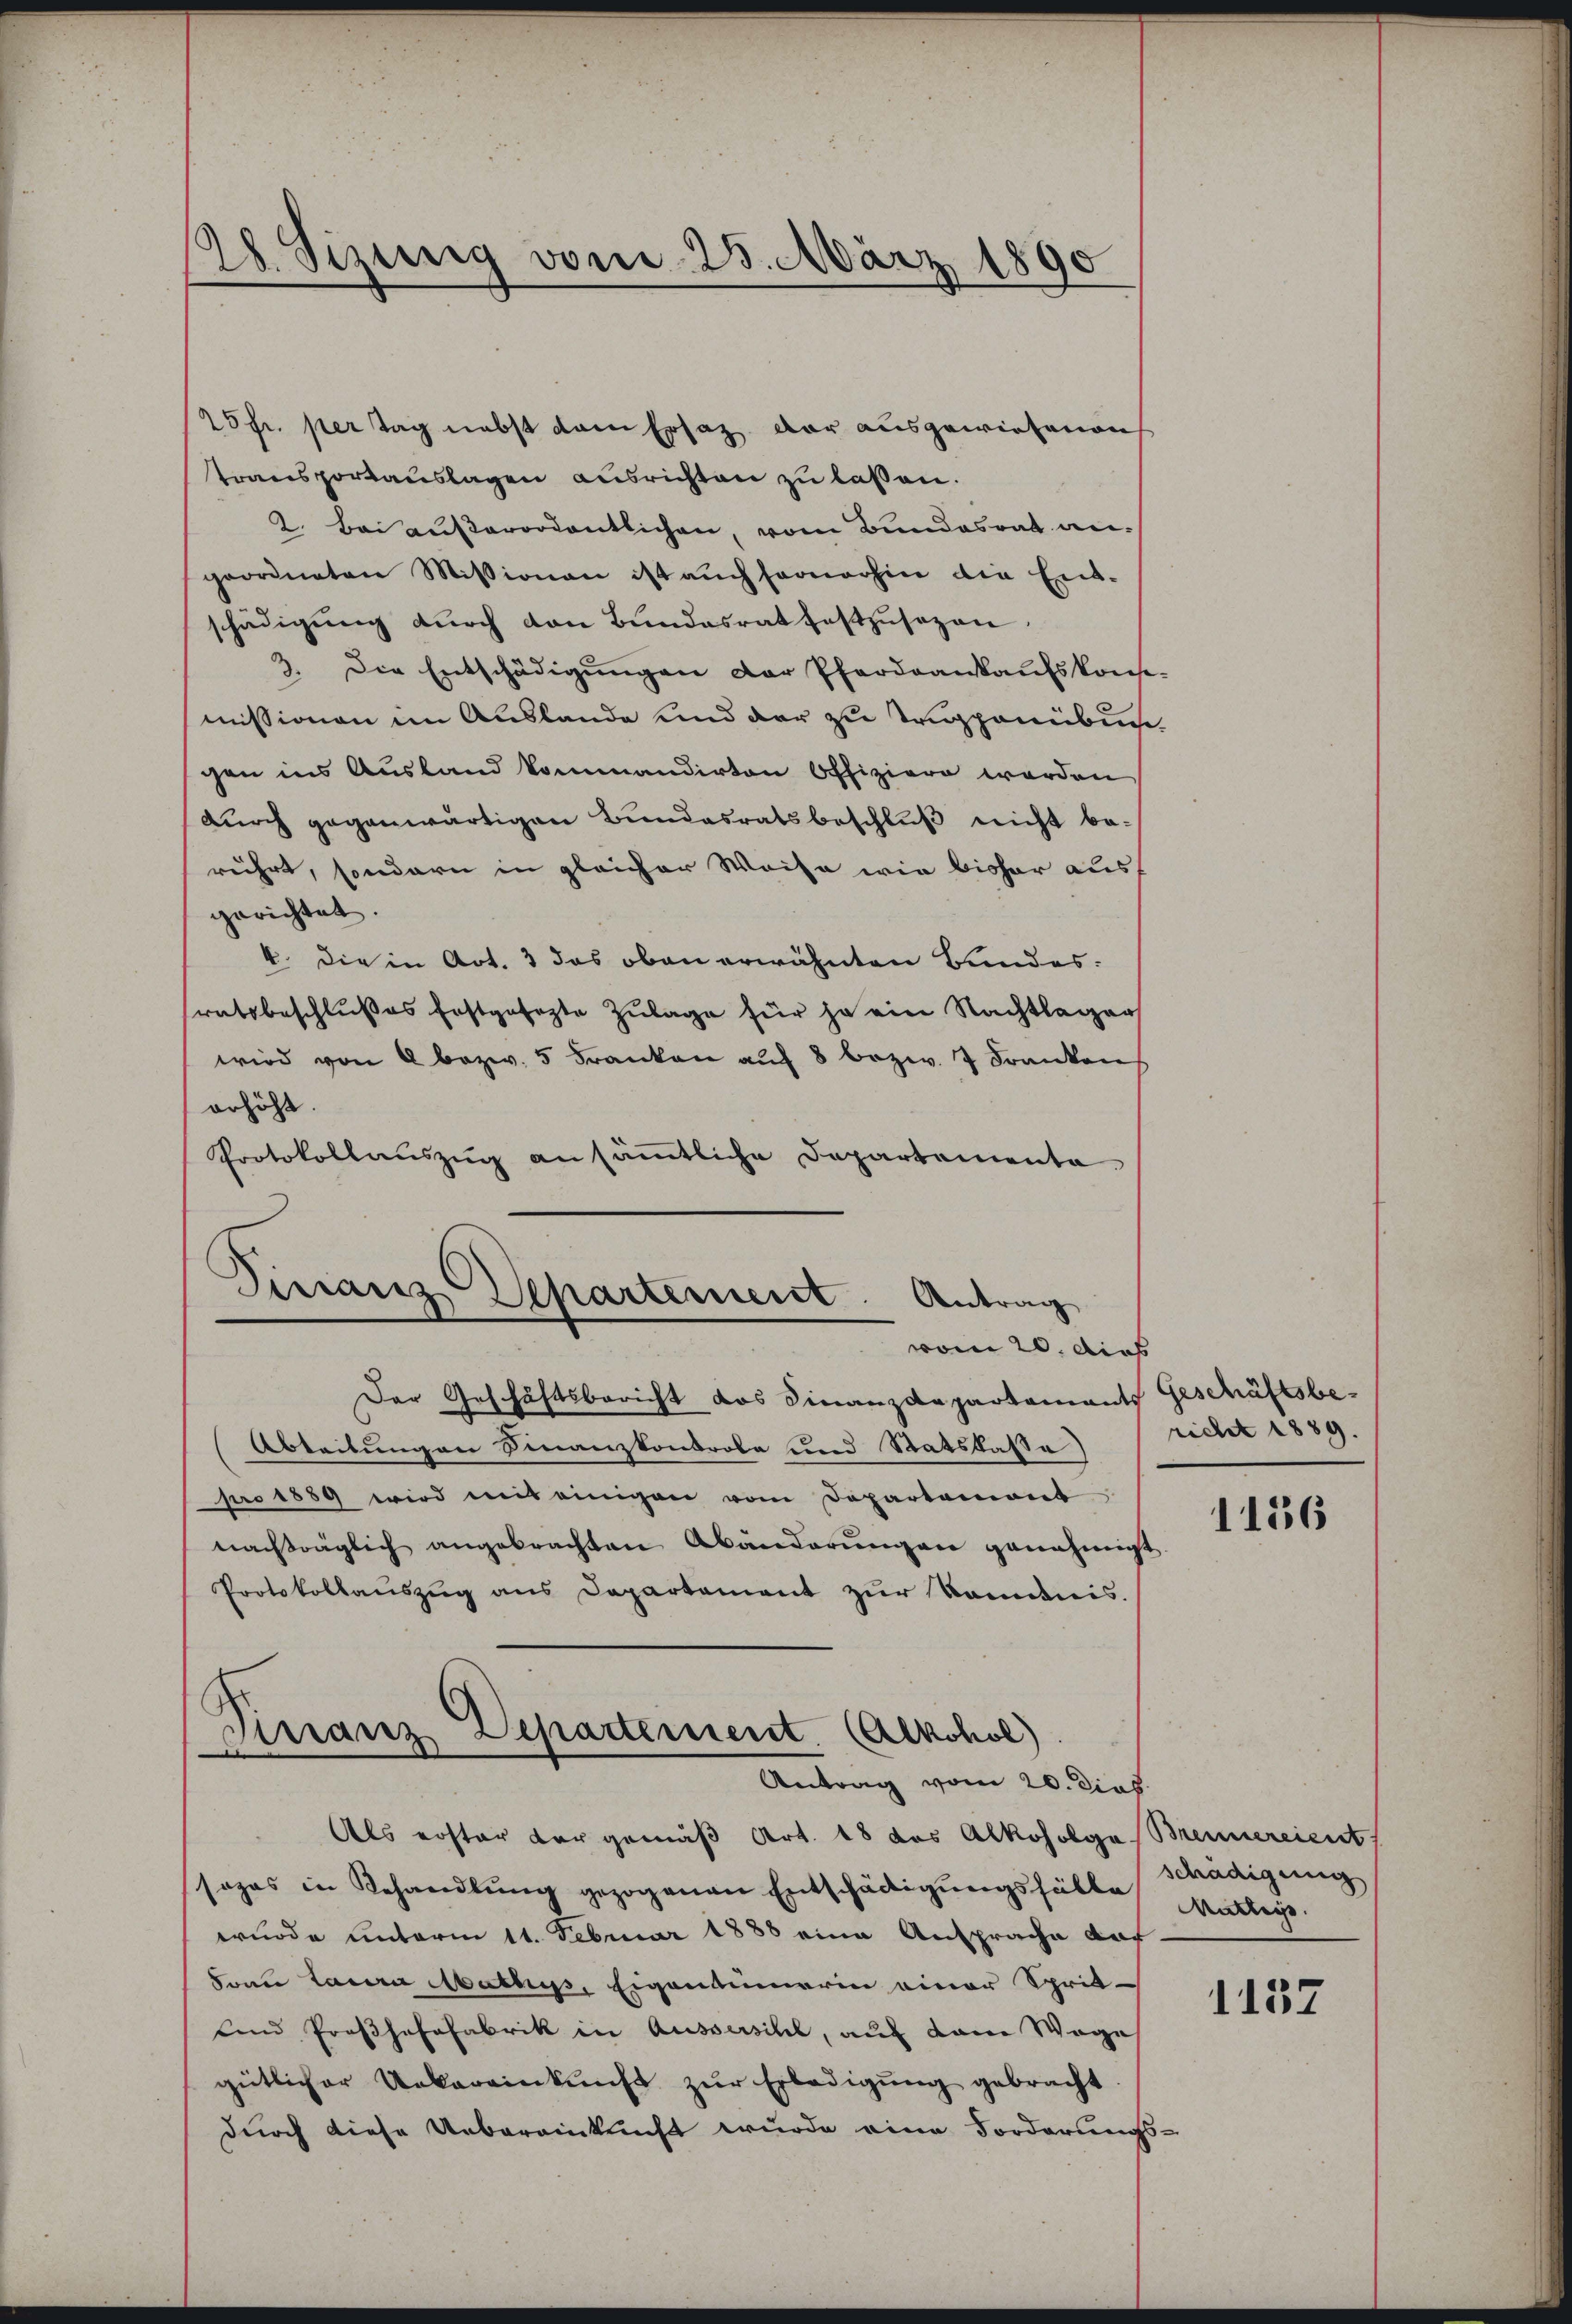
28. Sizung vom 25. März 1890

25fr. per Tag nebst dem Ersatz. Der ausgewiesenen
transportauslagen ausrichten zu laßen.
2. Bei außerordentlichen, vom Bundesrat angeordneten Missionen ist aŭch fernerhin die Ent-
schädigung durch den Bundesrat festzusagen.
3. Die Entschädigŭngen der Pfardankaŭfskonse
missionen im Auslande und der zu Trupponibun
gen ins Ausland kommandirten Offiziere werden
durch gegenwärtigen Bundesratsbeschlŭβ nicht berührt, sondern in gleicher Weise wie bisher aus
gerichtet.
4. die in Art. 3 das oben erwähnten Bundes:
sratsbeschlußes festgesezte Zulage für je ein Nachtlager
wird von 6 bezw. 5 Franken aŭf 8 bezw. 7 Franken,
erhöht
Protokollaŭszŭg ansäṁtliche Departementa
Dirranz Departement. Antrag
vom 20. dies
Der Geschäftsbericht das Finanzdepartamants Geschäftsbe¬
(Abteilungen Finanzkontrole und Statskasse)
pro 1889 wird mit einigen vom Departemont
nachträglich angebrachten Abänderungen genehmigt
Protokollauszug aus Departement zur kommnis.

Finanz, Departement. (Alkohol)
Antrag vom 20. Dies

richt 1889.

Als erster der gemäß Art. 18 des Alkoholge Brennereient
sages in Behandlung gezogenen Entschädigungsfälle Muttege.
wurde unterm 11. Februar 1888 eine Ansprache daf
Sonn Laura Aathyss, Eigentümerin einer Sprit-
und Proβhafafabrik in Aussersihl, auf dann Weges
gütlicher Uebereinkunft zur Erledigung gebracht
durch diese Uebereinkunft wurde eine Forderungs-

d

1136

schädigung

1157